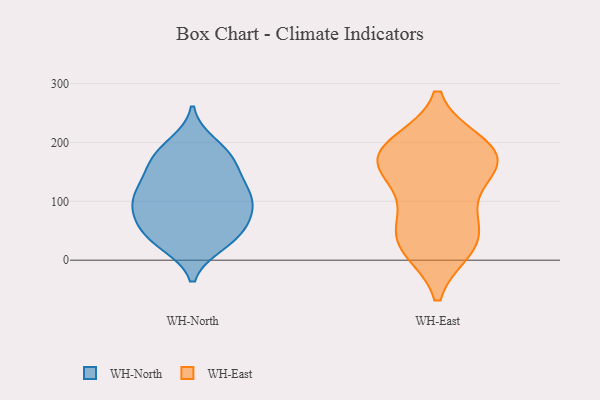
{"axis": {"x": "Website Visitors", "y": "Value"}, "legend": ["WH-East", "WH-North"], "data": [{"x": "", "y": 198, "type": "WH-North"}, {"x": "", "y": 45, "type": "WH-North"}, {"x": "", "y": 27, "type": "WH-North"}, {"x": "", "y": 186, "type": "WH-North"}, {"x": "", "y": 58, "type": "WH-North"}, {"x": "", "y": 112, "type": "WH-North"}, {"x": "", "y": 66, "type": "WH-North"}, {"x": "", "y": 96, "type": "WH-North"}, {"x": "", "y": 152, "type": "WH-North"}, {"x": "", "y": 100, "type": "WH-North"}, {"x": "", "y": 171, "type": "WH-North"}, {"x": "", "y": 131, "type": "WH-North"}, {"x": "", "y": 84, "type": "WH-North"}, {"x": "", "y": 150, "type": "WH-North"}, {"x": "", "y": 29, "type": "WH-North"}, {"x": "", "y": 72, "type": "WH-North"}, {"x": "", "y": 111, "type": "WH-North"}, {"x": "", "y": 34, "type": "WH-North"}, {"x": "", "y": 178, "type": "WH-North"}, {"x": "", "y": 110, "type": "WH-North"}, {"x": "", "y": 79, "type": "WH-East"}, {"x": "", "y": 153, "type": "WH-East"}, {"x": "", "y": 155, "type": "WH-East"}, {"x": "", "y": 43, "type": "WH-East"}, {"x": "", "y": 84, "type": "WH-East"}, {"x": "", "y": 182, "type": "WH-East"}, {"x": "", "y": 161, "type": "WH-East"}, {"x": "", "y": 199, "type": "WH-East"}, {"x": "", "y": 19, "type": "WH-East"}, {"x": "", "y": 198, "type": "WH-East"}, {"x": "", "y": 30, "type": "WH-East"}, {"x": "", "y": 189, "type": "WH-East"}, {"x": "", "y": 153, "type": "WH-East"}, {"x": "", "y": 19, "type": "WH-East"}]}